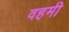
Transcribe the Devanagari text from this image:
वहमी